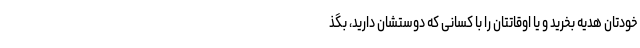
خودتان هدیه بخرید و یا اوقاتتان را با کسانی که دوستشان دارید، بگذ